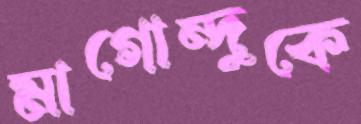
মাগোন্দুকে